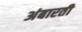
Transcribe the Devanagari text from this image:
अंबारती